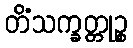
တိံသက္ခတ္တုဉ္စ